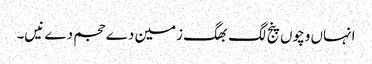
انہاں وچو‏ں پنج لگ بھگ زمین دے حجم دے نیں۔